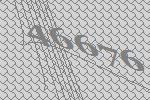
46676